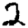
Digit: 2